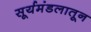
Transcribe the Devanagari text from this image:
सूर्यमंडलातून